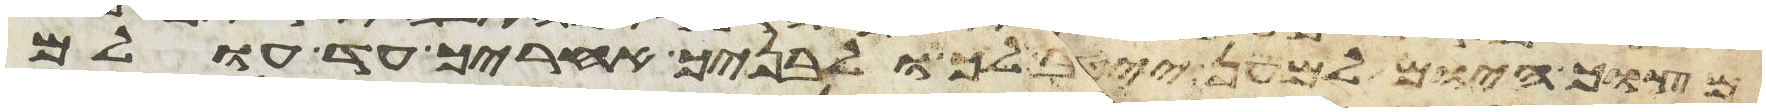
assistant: מצוך היום למען ייטב לך ולבניך אחריך עד עולם